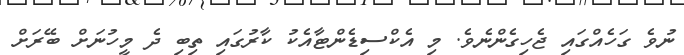
ނުވެ ގަހެއްގައި ޖެހިގެންނެވެ. މި އެކްސިޑެންޓާއެކު ކާރުގައި ތިބި ދެ މީހުނަށް ބޭރަށް